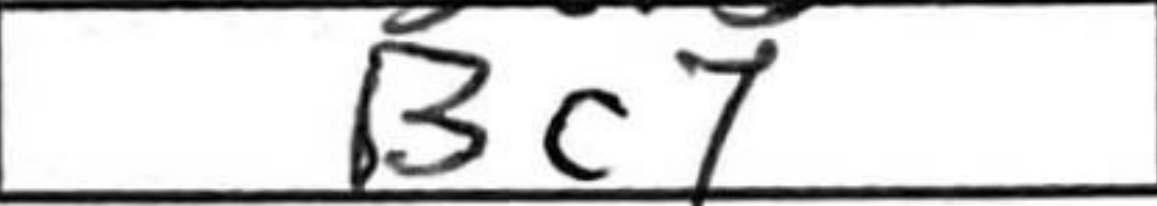
Transcription: Bc7